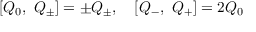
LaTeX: [ Q _ { 0 } , \ Q _ { \pm } ] = \pm Q _ { \pm } , \quad [ Q _ { - } , \ Q _ { + } ] = 2 Q _ { 0 }